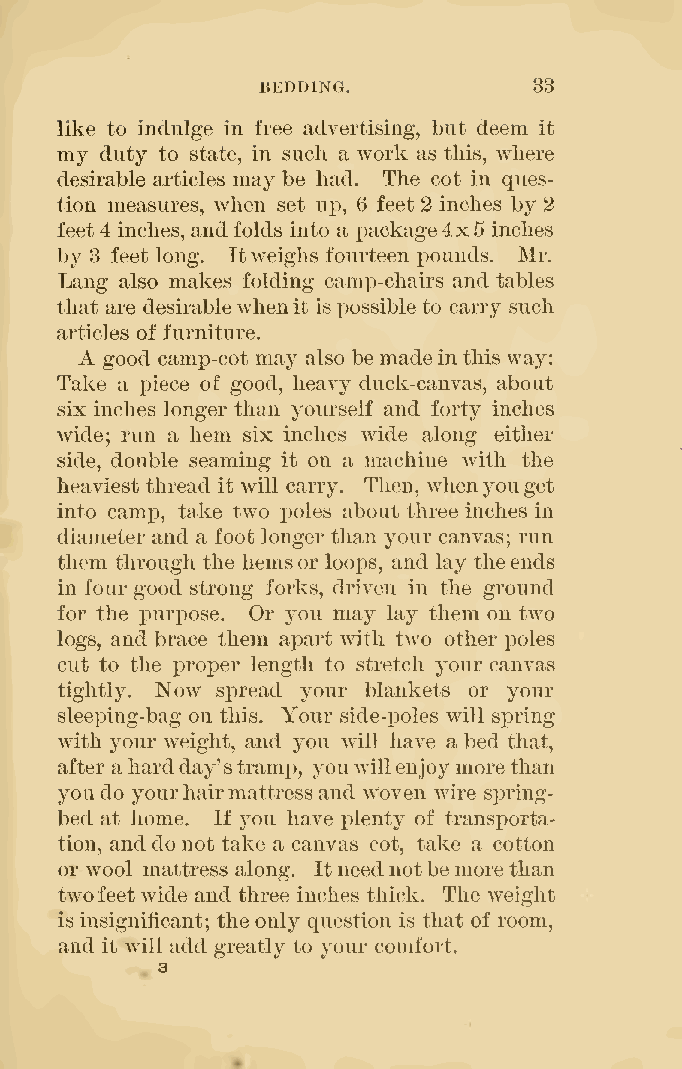
BEDDING.          33
 like to indulge in free advertising, but deem it
 my duty to state, in such a work as this, where
 desirable articles may be had. The cot in ques-
 tion measures, when set up, 6 feet 2 inches by 2
 feet 4 inches, and folds into a x)ackage4x5 inches
 by 3 feet long. Itweighs fourteen pounds. Mr.
 Lang also makes folding cam]3-chairs and tables
 that are desirablewhen it ispossible to carry such
 articles of furniture.
 A good camp-cot may also bemadeinthis way:
 Take a lAece of good, heavy duck-canvas, about
 six inches longer than yourself and forty inches
 wide; run a hem six inches wide along either
 side, double seaming it on a machine with the
 heaviest thread it will carry. Then, whenyouget
 into camp, take two poles about three inches in
 diameter and a foot longer than your canvas; run
 them through the hemsor loops, and lay theends
 in four good strong forks, driven in the ground
 for the puri^ose. Or you may lay them on two
 logs, and brace them apart with two other poles
 cut to the i^roper length to stretch your canvas
 tightly. Now sj)read your blankets or your
 sleeping-bag on this. Your side-T)oles will spring
 with your weight, and you will have a bed that,
 after ahardday'stramp, youwillenjoymorethan
 youdo yourhairmattress and woven wire sj^ring-
 bed at home. If you have j)lenty of transporta-
 tion, anddonot take a canvas cot, take a cotton
 or wool mattress along. Itneednotbemorethan
 twofeetwide and three inches thick. The weight
 isinsignificant; the only question is that of room,
 and it will add greatly to your comfort.
 3
 .